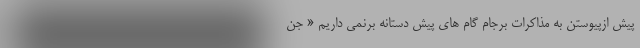
پیش ازپیوستن به مذاکرات برجام گام های پیش دستانه برنمی داریم « جن